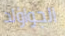
الجواؤلد